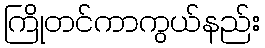
ကြိုတင်ကာကွယ်နည်း